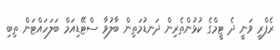
ރެފްރީ ވަނީ ދެ ޓީމްގެ ކުޅުންތެރިން ދަނޑުމަތިން ބާލުވާ ސްޓޭޑިއަމް ބަލަހައްޓަން ތިބި